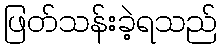
ဖြတ်သန်းခဲ့ရသည်